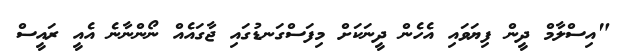
"އިސްލާމް ދީން ފިޔަވައި އެހެން ދީނަކަށް މިފަސްގަނޑުގައި ޖާގައެއް ނޯންނާނެ އެއީ ރައީސް